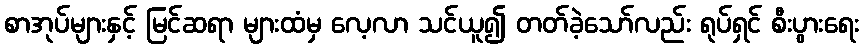
စာအုပ်များနှင့် မြင်ဆရာ များထံမှ လေ့လာ သင်ယူ၍ တတ်ခဲ့သော်လည်း ရုပ်ရှင် စီးပွားရေး